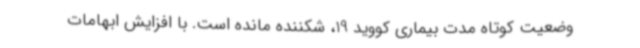
وضعیت کوتاه مدت بیماری کووید 19، شکننده مانده است. با افزایش ابهامات